Leningradi_Edasi_toimetus, lk 145
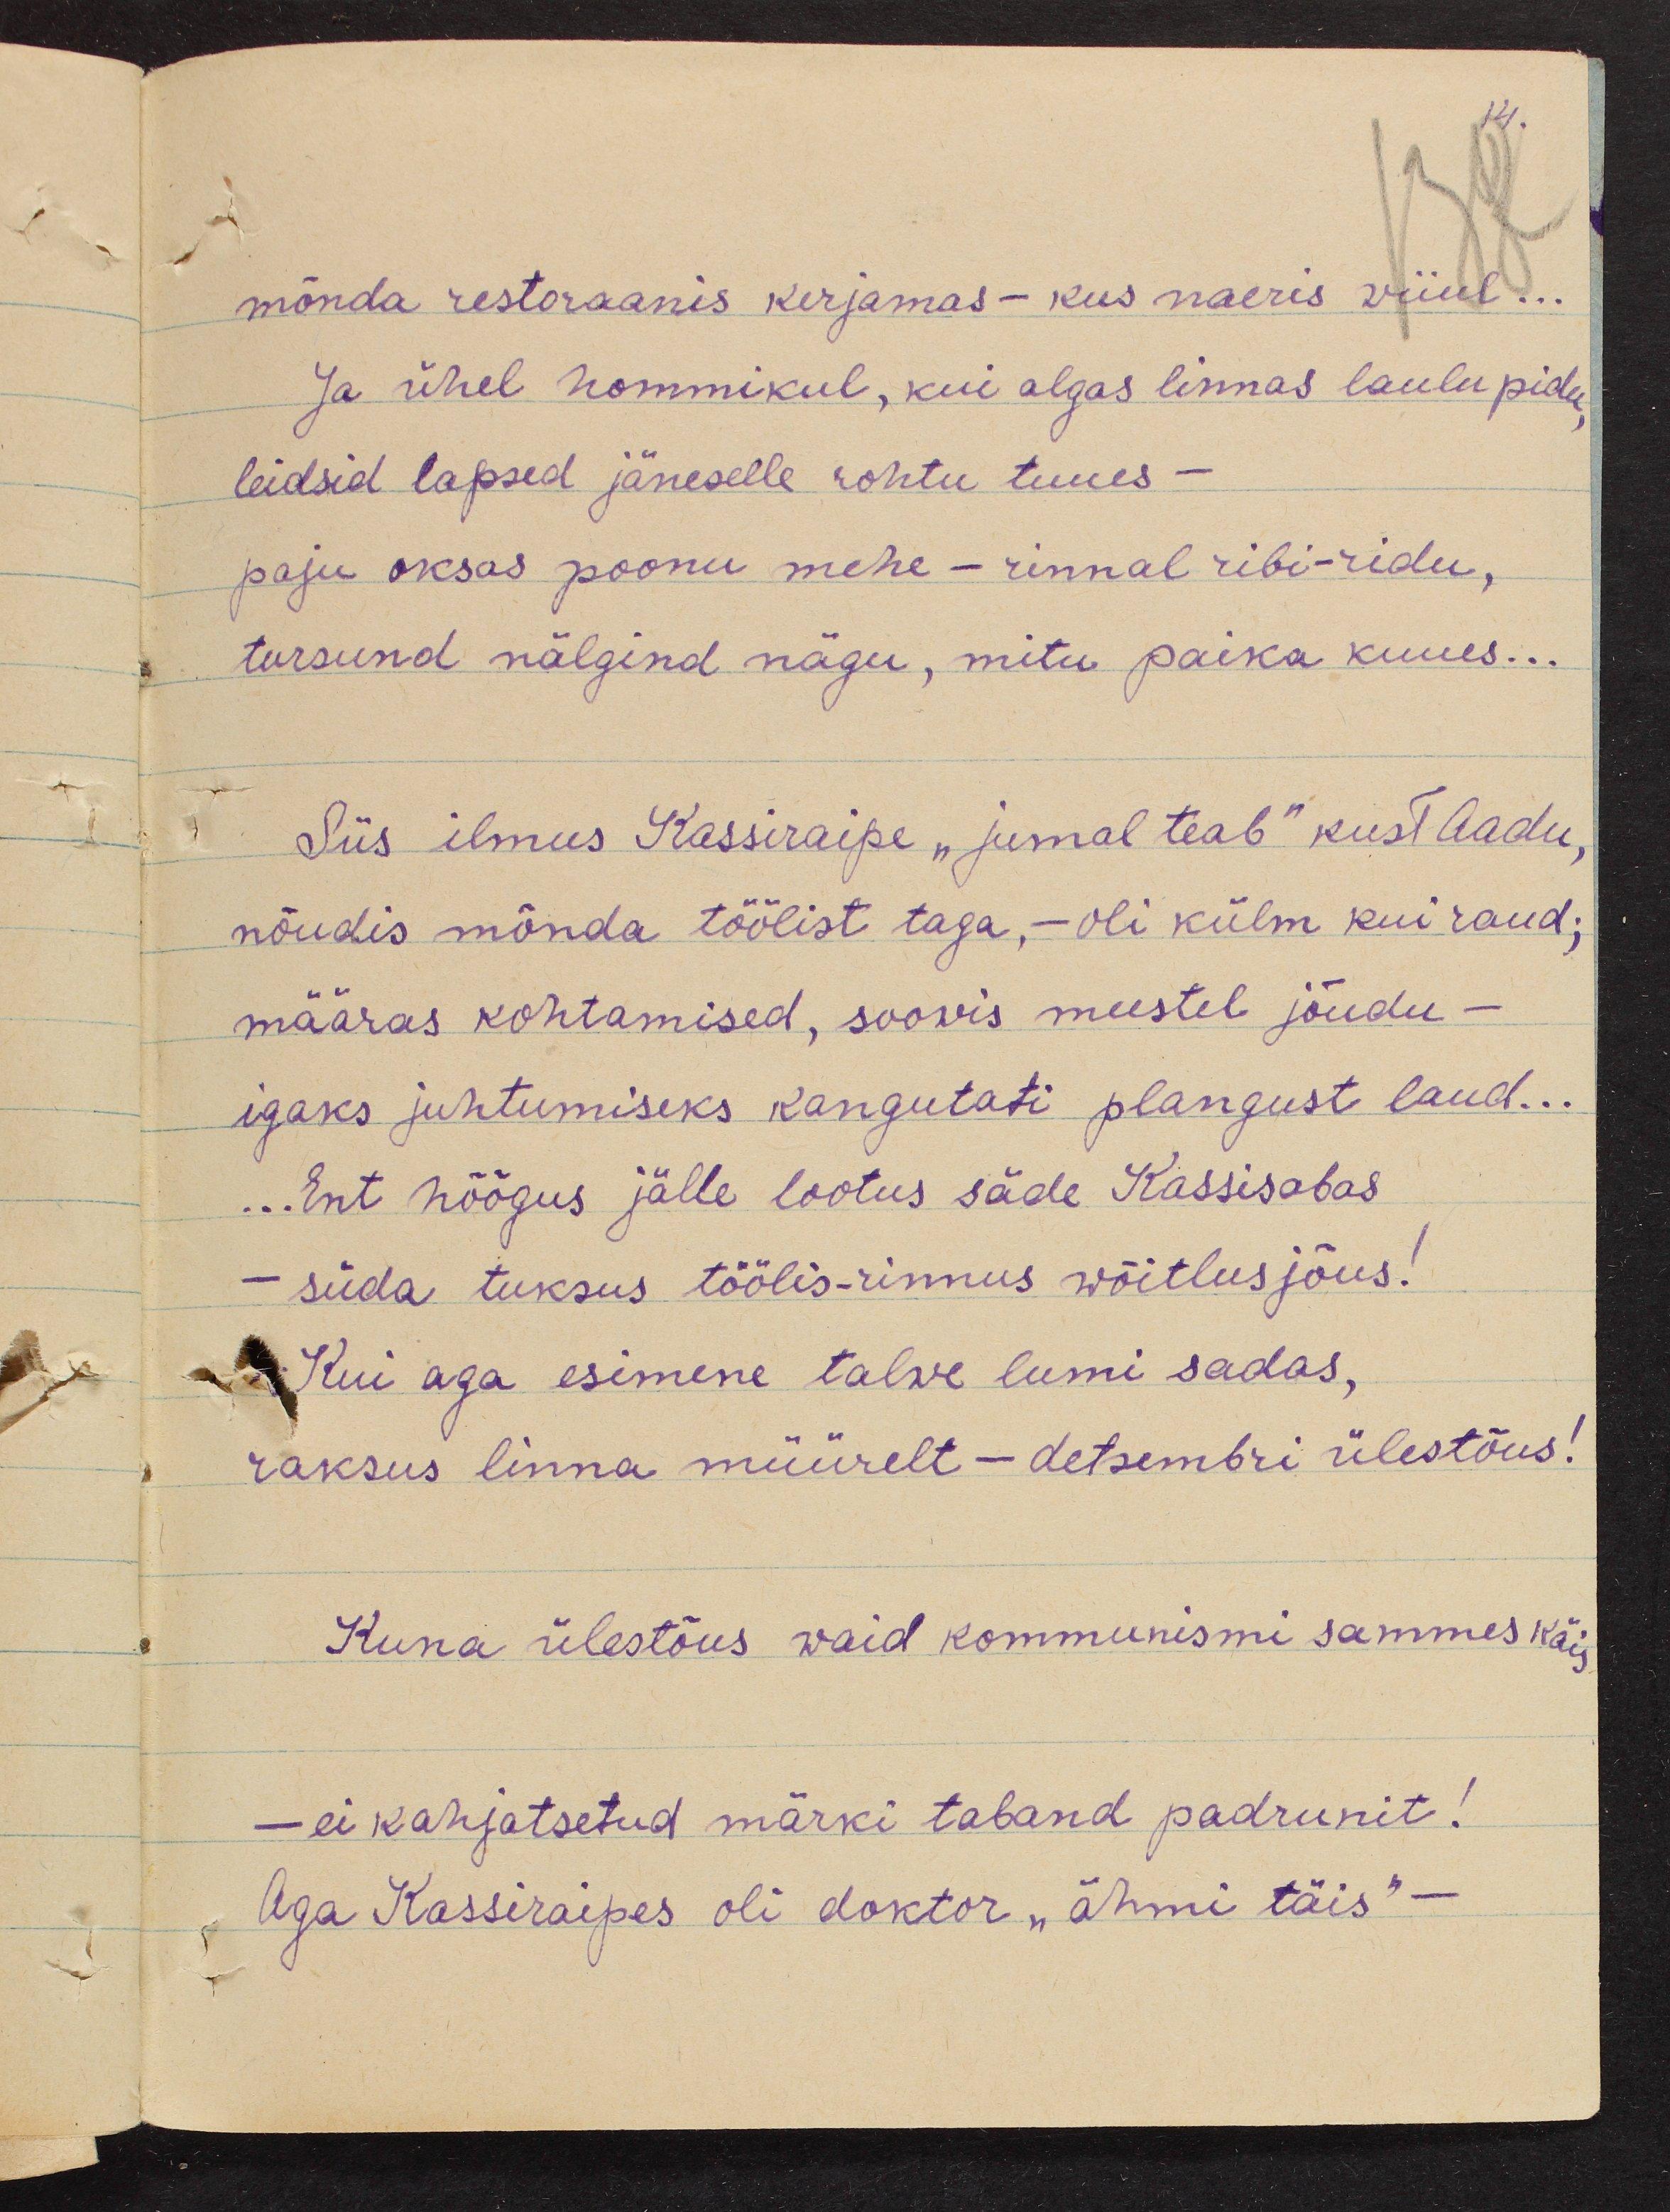
14.

mõnda restoraanis kerjamas - kus naeris viiul...
Ja ühel hommikul, kui algas linnas laulu pidu,
leidsid lapsed jäneselle rohtu tuues -
paju oksas poonu mehe - rinnal ribi-ridu,
tursund nälgind nägu, mitu paika kuues...
Siis ilmus Kassiraipe "jumal teab" kust Aadu,
nõudis mõnda töölist taga, - oli külm kui raud;
määras kohtamised, soovis meestel jõudu-
igaks juhtumiseks kangutati plangust laud...
... Ent hõõgus jälle lootus säde Kassisabas
- süda tuksus töölis-rinnus wõitlusjõus!
Kui aga esimene talwe lumi sadas,
raksus linna müürelt - detsembri ülestõus!
Kuna ülestõus waid kommunismi sammes käis
- ei kahjatsetud märki taband padrunit!
Aga Kassiraipes oli doktor "ähmi täis" -